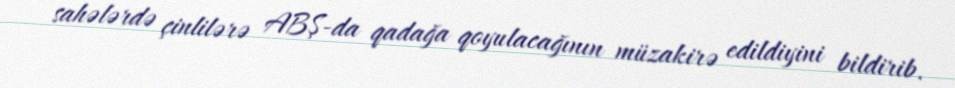
sahələrdə çinlilərə ABŞ-da qadağa qoyulacağının müzakirə edildiyini bildirib.